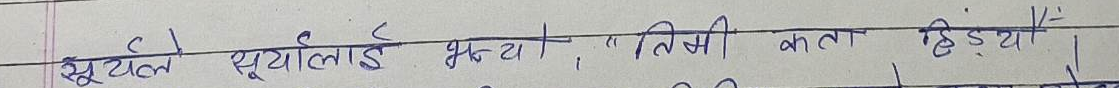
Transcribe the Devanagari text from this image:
c) सूर्यालाई भन्थ्यो, "तिमी कहाँ हिंड्यो"